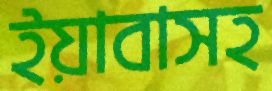
ইয়াবাসহ